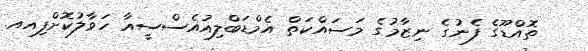
ތޮއްޑޫގެ ފެނުގެ ނިޒާމުގެ މަސައްކަތް އެމްޑަބްލިއުއެސްސީއާ ހަވާލުކޮށްފިއއ.